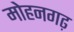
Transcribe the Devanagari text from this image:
मोहनगढ़